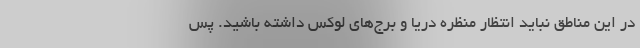
در این مناطق نباید انتظار منظره دریا و برج‌های لوکس داشته باشید. پس